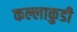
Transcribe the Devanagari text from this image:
कल्लाकुडी